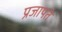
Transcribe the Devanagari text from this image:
प्रजापते